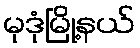
မုဒုံမြို့နယ်